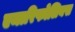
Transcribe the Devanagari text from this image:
एमारिफोलियस